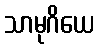
သာမုဂိယေ